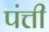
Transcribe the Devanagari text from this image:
पंत्ती